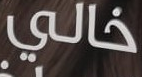
خالي